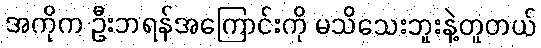
အကိုက ဦးဘရန်အကြောင်းကို မသိသေးဘူးနဲ့တူတယ်